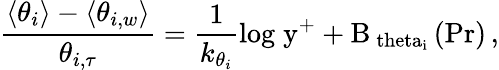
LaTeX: \frac{\left<\theta_{i}\right>-\left<\theta_{i,w}\right>}{\theta_{i,\tau}}=\frac{1}{k_{\theta_{i}}}\mathrm{{log}\; y^{+}+B_{\ theta_{i}}\left(Pr\right)\, ,}